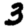
Digit: 3